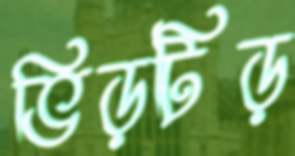
ভিড়টিড়